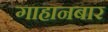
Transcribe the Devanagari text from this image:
गाहानबार